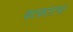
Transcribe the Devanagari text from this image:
षटकाराचा